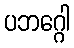
ပဘဂ္ဂေါ